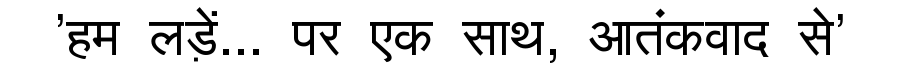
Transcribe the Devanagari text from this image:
'हम लड़ें... पर एक साथ, आतंकवाद से'